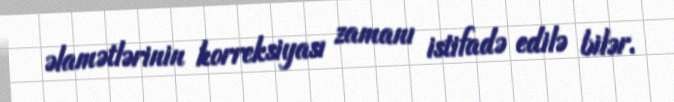
əlamətlərinin korreksiyası zamanı istifadə edilə bilər.